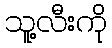
သူ့လီးကို